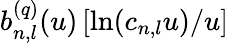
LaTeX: b_{n,l}^{(q)}(u)\left[\ln(c_{n,l}u)/u\right]